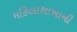
મહિલાશાખાની